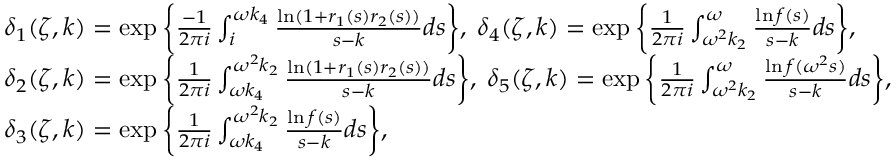
\begin{array} { r l } & { \delta _ { 1 } ( \zeta , k ) = \exp \bigg \{ \frac { - 1 } { 2 \pi i } \int _ { i } ^ { \omega k _ { 4 } } \frac { \ln ( 1 + r _ { 1 } ( s ) r _ { 2 } ( s ) ) } { s - k } d s \bigg \} , \; \delta _ { 4 } ( \zeta , k ) = \exp \bigg \{ \frac { 1 } { 2 \pi i } \int _ { \omega ^ { 2 } k _ { 2 } } ^ { \omega } \frac { \ln f ( s ) } { s - k } d s \bigg \} , } \\ & { \delta _ { 2 } ( \zeta , k ) = \exp \bigg \{ \frac { 1 } { 2 \pi i } \int _ { \omega k _ { 4 } } ^ { \omega ^ { 2 } k _ { 2 } } \frac { \ln ( 1 + r _ { 1 } ( s ) r _ { 2 } ( s ) ) } { s - k } d s \bigg \} , \; \delta _ { 5 } ( \zeta , k ) = \exp \bigg \{ \frac { 1 } { 2 \pi i } \int _ { \omega ^ { 2 } k _ { 2 } } ^ { \omega } \frac { \ln f ( \omega ^ { 2 } s ) } { s - k } d s \bigg \} , } \\ & { \delta _ { 3 } ( \zeta , k ) = \exp \bigg \{ \frac { 1 } { 2 \pi i } \int _ { \omega k _ { 4 } } ^ { \omega ^ { 2 } k _ { 2 } } \frac { \ln f ( s ) } { s - k } d s \bigg \} , } \end{array}